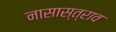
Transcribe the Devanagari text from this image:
नासास्त्राव